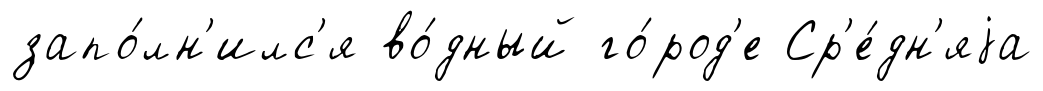
запо́лн'илс'я во́дный го́род'е Ср'е́дн'яjа